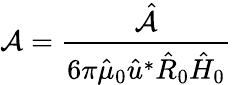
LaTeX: \mathcal{A}=\frac{\hat{\mathcal{A}}}{6\pi\hat{\mu}_{0}\hat{u}^{*}\hat{R}_{0}\hat{H}_{0}}